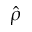
\hat { \rho }